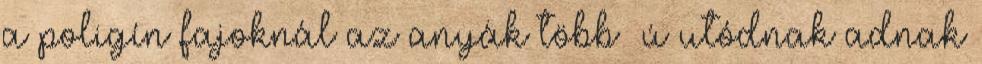
a poligín fajoknál az anyák több ﬁú utódnak adnak